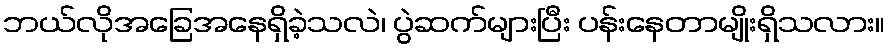
ဘယ်လိုအခြေအနေရှိခဲ့သလဲ၊ ပွဲဆက်များပြီး ပန်းနေတာမျိုးရှိသလား။